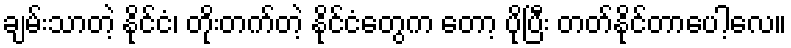
ချမ်းသာတဲ့ နိုင်ငံ၊ တိုးတက်တဲ့ နိုင်ငံတွေက တော့ ပိုပြီး တတ်နိုင်တာပေါ့လေ။